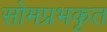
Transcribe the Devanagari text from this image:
सोमप्रभकृत